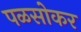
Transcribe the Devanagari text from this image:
पळसोकर